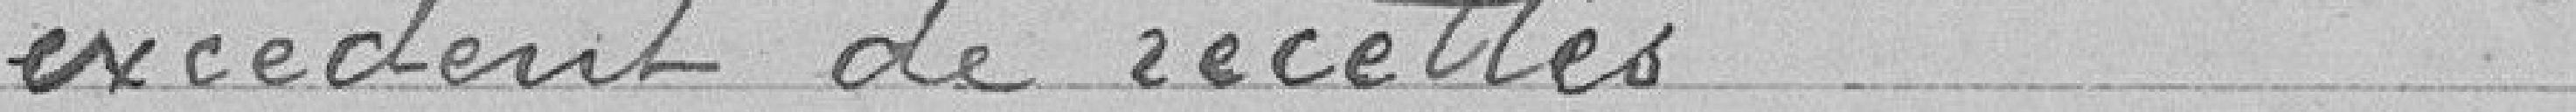
excédent en recettes 2.55